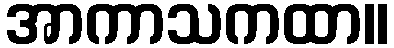
အာကာသကထာ။